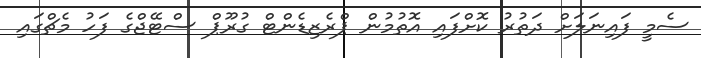
ސެމީ ފައިނަލަށް ދަތުރު ކޮށްފައި އޮތުމުން ޕްރެޒިޑެންޓް ގުރޫޕް ސްޓޭޖްގެ ފަހު މެޗްގައި